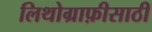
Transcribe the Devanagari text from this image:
लिथोग्राफ़ीसाठी